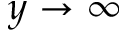
y \rightarrow \infty